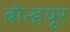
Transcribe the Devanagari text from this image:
बोन्हयूर